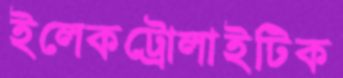
ইলেকট্রোলাইটিক